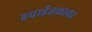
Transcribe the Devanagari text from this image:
हवाईतळावर